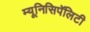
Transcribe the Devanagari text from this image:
म्यूनिसिपॅलिटी